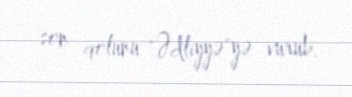
son qolunu "Ədliyyə"yə vurub.